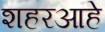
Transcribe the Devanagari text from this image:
शहरआहे